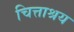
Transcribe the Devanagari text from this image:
चित्ताश्रय